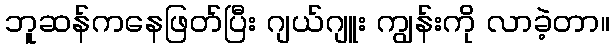
ဘူဆန်ကနေဖြတ်ပြီး ဂျယ်ဂျူး ကျွန်းကို လာခဲ့တာ။